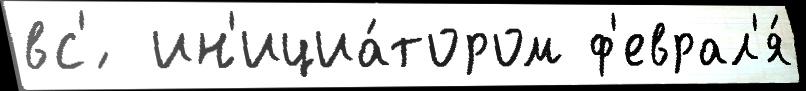
вс'́  ин'ициа́тором ф'еврал'я́